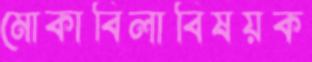
মোকাবিলাবিষয়ক